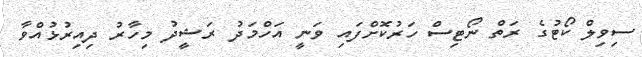
ސިވިލް ކޯޓުގެ ރަތް ނޯޓިސް ހަރުކޮށްފައި ވަނީ އަހްމަދު ރަޝީދު މިހާރު ދިއިރުޅުއްވާ